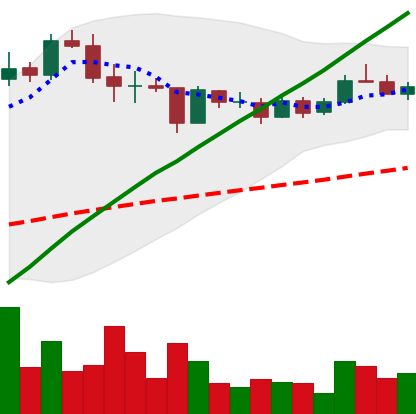
Ticker: LINK-USD
Chart end date: 2020-09-01
Forward return: -19.897%
Label: down_7plus